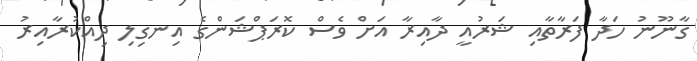
ގާނޫނު ހަދާ ފަރާތާއި ޝަރުއީ ދާއިރާ އަށް ވެސް ކޮރަޕްޝަންގެ އިނގިލި ދިއްކުރާއިރު